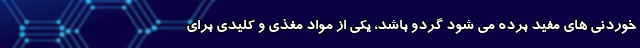
خوردنی های مفید برده می شود گردو باشد، یکی از مواد مغذی و کلیدی برای